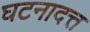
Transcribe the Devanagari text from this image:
घटनादत्त